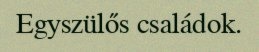
Egyszülős családok.